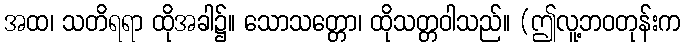
အထ၊ သတိရရာ ထိုအခါ၌။ သောသတ္တော၊ ထိုသတ္တဝါသည်။ (ဤလူ့ဘဝတုန်းက